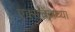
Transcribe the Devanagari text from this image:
एक्सचेंजच्या